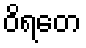
ဝိရတေ